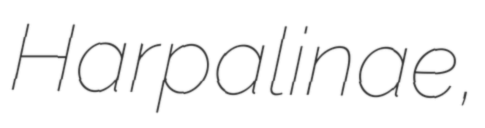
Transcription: Harpalinae,